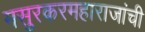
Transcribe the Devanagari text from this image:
मसुरकरमहाराजांची